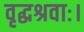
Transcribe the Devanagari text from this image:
वृद्धश्रवाः।